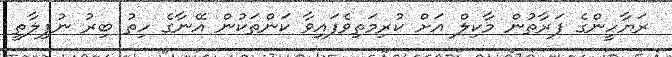
ރަޔާހީންގެ ފަރާތުން މާކިލް އަށް ކުރިމަތިވެފައިވާ ކަންތަކުން އޭނާގެ ހިތު ބިރު ނުފިލާތީ